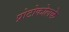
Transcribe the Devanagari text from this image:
प्रोटोकोलके